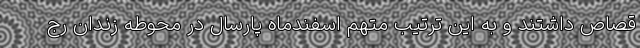
قصاص داشتند و به این ترتیب متهم اسفندماه پارسال در محوطه زندان رج